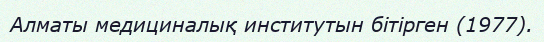
Алматы медициналық институтын бітірген (1977).